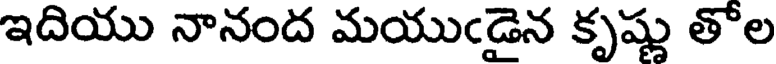
ఇదియు నానంద మయుఁడైన కృష్ణు తోల